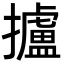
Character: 攎